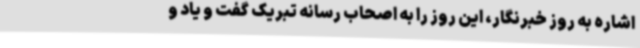
اشاره به روز خبرنگار، این روز را به اصحاب رسانه تبریک گفت و یاد و